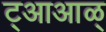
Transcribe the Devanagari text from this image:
ट्आआळ्